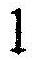
1